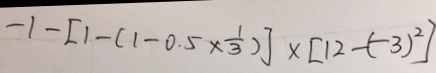
- 1 - [ 1 - ( 1 - 0 . 5 \times \frac { 1 } { 3 } ) ] \times [ 1 2 - ( - 3 ) ^ { 2 } ]